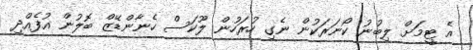
އެ ޓީމަށް ލިބުނު ކޯނަރަކުން ނެގި ހުރަހުން ލޫކަސް ހެނާންޑޭޒް ބޮލުން އުފެއްދި